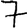
Digit: 7